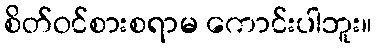
စိတ်ဝင်စားစရာမ ကောင်းပါဘူး။